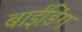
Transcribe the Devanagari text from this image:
बाईंडिंग